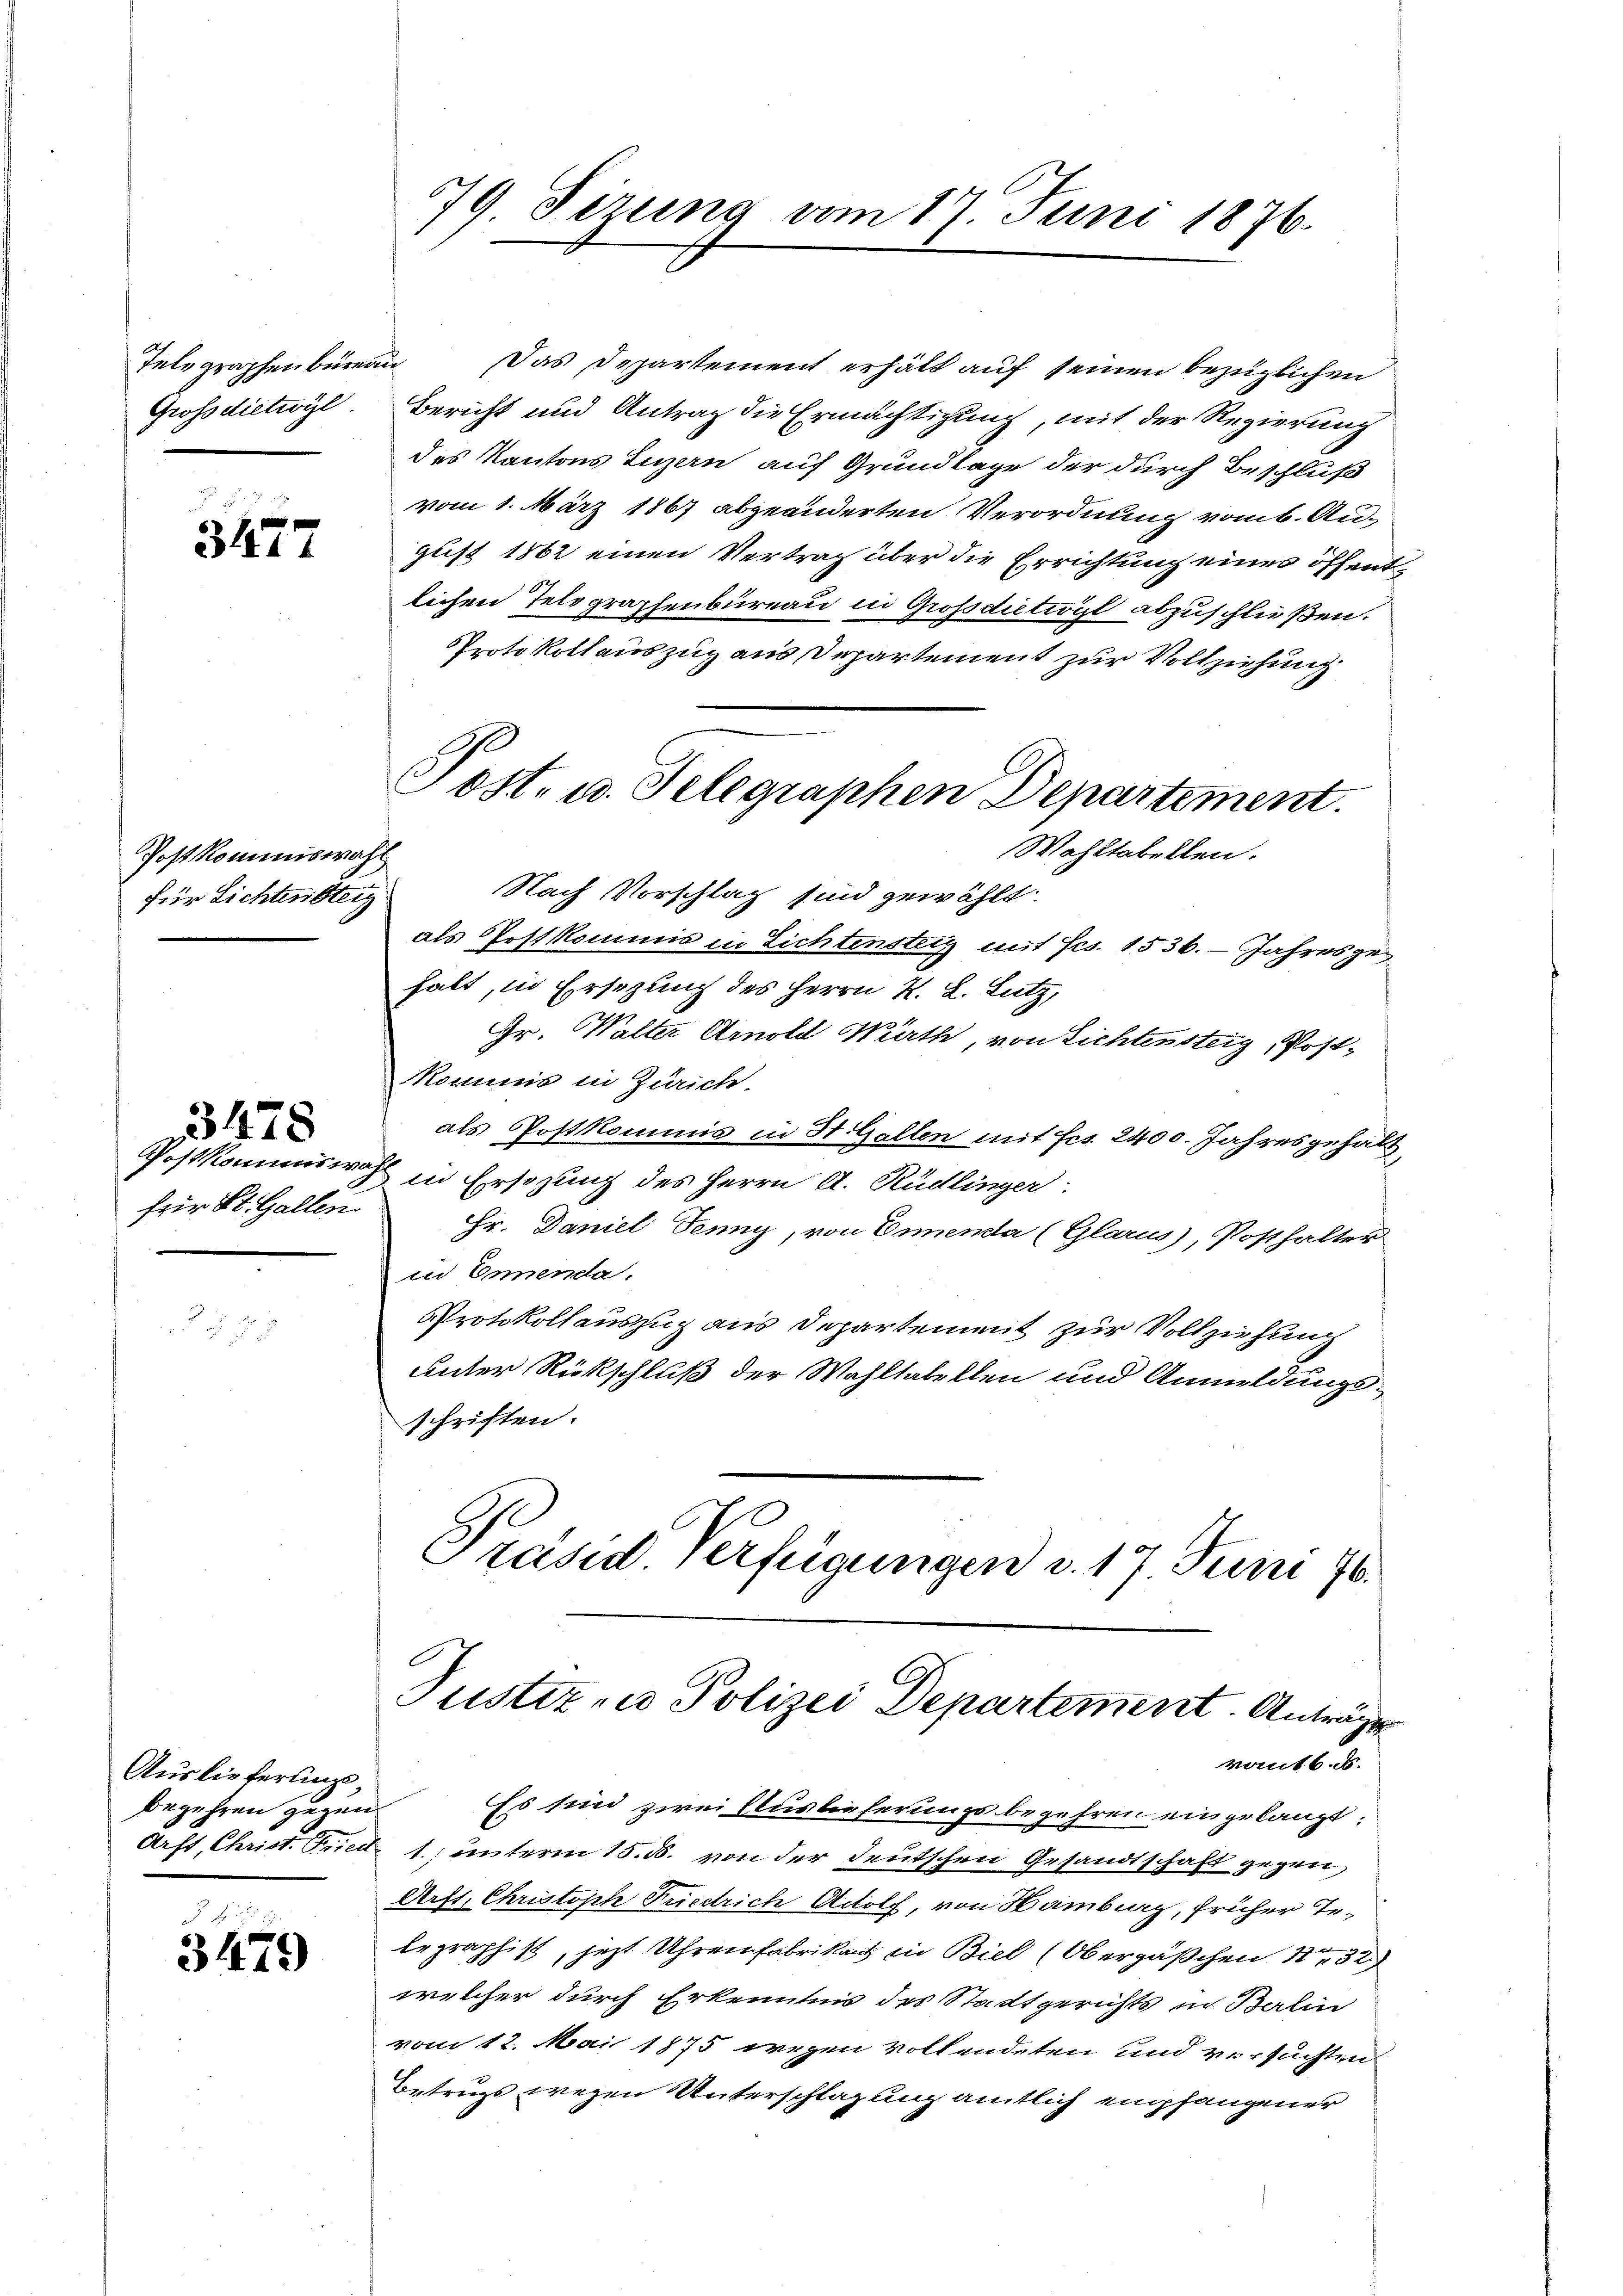
Gross dietwyl

3427

Postkommiswah
für Lichtensteig

Postkommiswah
für St. Gallen.

3478

Auslieferung,
begehren gegen.

3479

79. Sizung vom 17. Juni 1876.

Telegraphenbüreau das Departement erhält auf seinen bezüglichen
Bericht und Antrag die Ermächtigung, mit der Regierung
des Kantons Luzern auf Grundlage der durch Beschluß
vom 1. März 1867 abgeänderten Verordnung vom 6. August 1862 einen Vertrag über die Errichtung eines öffentlichen Telegraphenbureau in Grossdiction abzuschlüßen.
Protokollauszug aus Departement zur Vollziehung
als Post kommis in Lichtensteig mit Frs. 1536. Jahresge
habt, in Ersezung des Herrn K. L. Lutz,
Gr. Walter Arnold Würth, von Lichtersteig, Post¬
Kommis in Zürich.
als Postkommis in St. Gallen mit fcs. 2400. Jahresgehält,
.
in Ersezung des Herrn A. Rüdlinger
Hr. Daniel Tenny, von Ennena (Glarus, Posthalter
in Ennenda.
Protokollauszug aus Departement zur Vollziehung
unter Rückschluß der Wahltabellen und Anmeldungsschriften.
Präsid Verfügungen v. 17. Juni 16.

Post- u. Telegraphen Departement.
Wahltabellen.
h
Nach Vorschlag sind gewählt.

Tustiz- u Polizei Departement. Anträge
vant b.

Es sind zwei Auslieferungsbegehren eingelangt:
Arft, Christ. Fried- 1. unterm 15. ds. von der deutschen Gesandtschaft gegen
Arft, Christoph Friedrich Actolf, von Hamburg, früher Telegraphist, jetzt Uhrenfabrikant in Biel (Obergäßchen 132
welcher durch Erkenntnis des Stadtgerichts in Balin
vom 12. Mai 1875 wegen vollendeten und versuchten
Betrugs wegen Unterschlagung amtlich empfangener